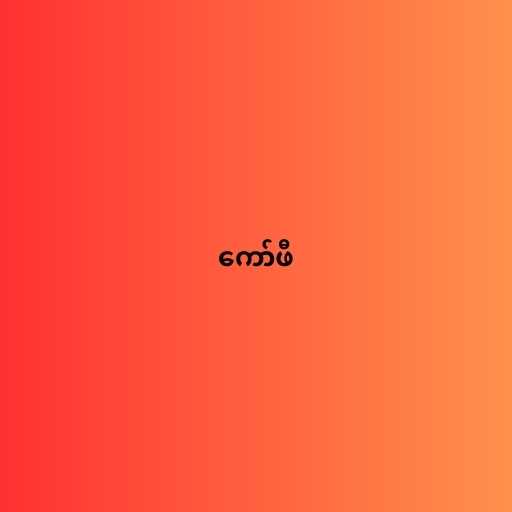
ကော်ဖီ